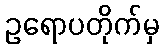
ဥရောပတိုက်မှ